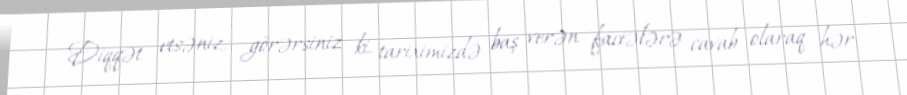
Diqqət etsəniz, görərsiniz ki, tariximizdə baş verən faciələrə cavab olaraq hər